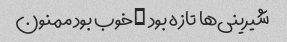
شیرینی‌ها تازه بود …خوب بود ممنون